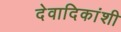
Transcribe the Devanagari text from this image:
देवादिकांशी